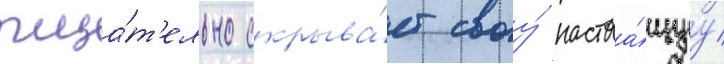
тща́т'ельно скрыва́ет своу́ настоа́щуу